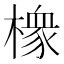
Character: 𱤘